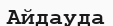
Айдауда